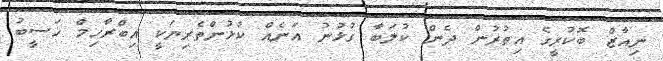
ނިއާޒް ބޮކުރީގެ އިތުރުން ދެން ކުލަބާ ގުޅުނު އަނެއް ކުޅުންތެރިޔަކީ އިބްރާހިމް ހަސީބު